Leaving Certificate Examination (including Day School Certificate (Higher) General paper), 1927
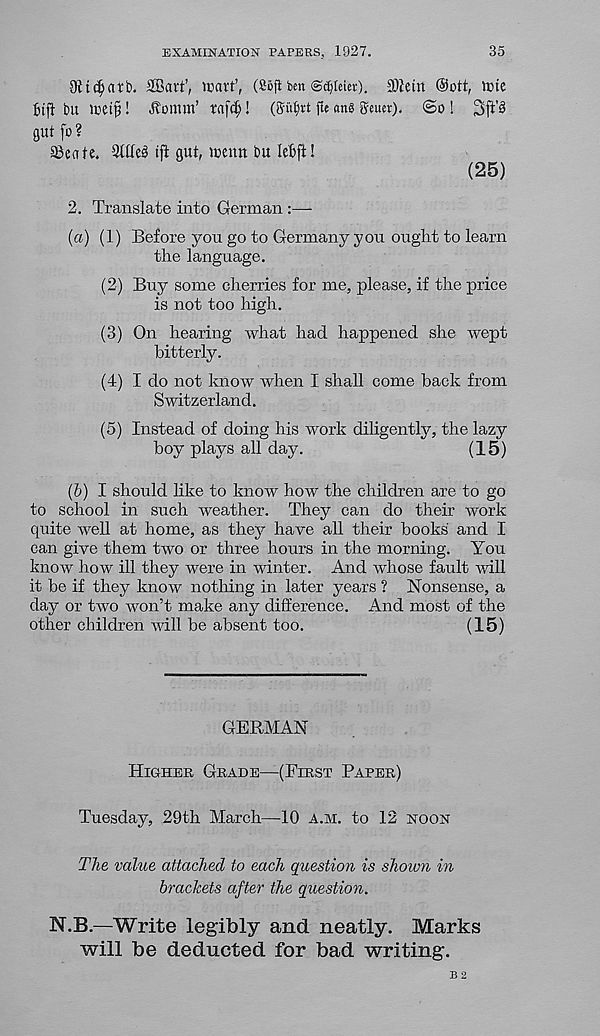
EXAMINATION PAPERS, 1927.
35
Oitc^atb. 2Bart’, icai't’, (Soft ben ©^teiev). 9)ietn ®ott, »t>te
btft bu icet^ ! Jtomm’ tafc^! (ffubrt fie ang geuer). @o ! 3ft'S
gut ft> ?
Seate. 3t£te^ tfi gut, tcentt bu lebft!
(25)
2. Translate into German :—
(а) (1) Before you go to Germany you ought to learn
the language.
(2) Buy some cherries for me, please, if the price
is not too high.
(3) On hearing what had happened she wept
bitterly.
(4) I do not know when I shall come hack from
Switzerland.
(5) Instead of doing his work diligently, the lazy
hoy plays all day.
(15)
(б) I should like to know how the children are to go
to school in such weather. They can do their work
quite well at home, as they have all their hooks' and I
can give them two or three hours in the morning. You
know how ill they were in winter. And whose fault will
it be if they know nothing in later years ? Nonsense, a
day or two won’t make any difference. And most of the
other children will be absent too.
(15)
GERMAN
Higher Grade—(First Paper)
Tuesday, 29th March—-10 a.m. to 12 noon
The value attached to each question is shown in
brackets after the question.
N.B.—Write legibly and neatly. Marks
will be deducted for bad writing.